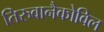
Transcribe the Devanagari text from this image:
तिरुवानैकोविल